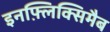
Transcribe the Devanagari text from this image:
इनफ़्लिक्सिमैब